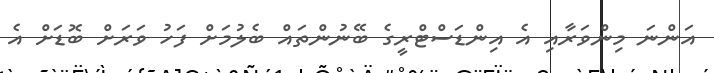
އަންނަ މިންވަރާއި އެ އިންޑަސްޓްރީގެ ބޭނުންތައް ބެލުމަށް ފަހު ވަރަށް ބޮޑަށް އެ